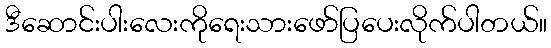
ဒီဆောင်းပါးလေးကိုရေးသားဖော်ပြပေးလိုက်ပါတယ်။